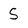
Character: 5